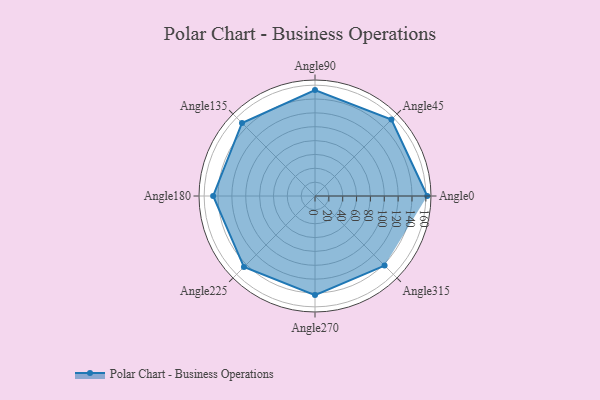
{"axis": {"x": "Angle", "y": "Radius"}, "legend": [""], "data": [{"x": "Angle0", "y": 162.0, "type": ""}, {"x": "Angle45", "y": 156.0, "type": ""}, {"x": "Angle90", "y": 153.0, "type": ""}, {"x": "Angle135", "y": 149.0, "type": ""}, {"x": "Angle180", "y": 147.0, "type": ""}, {"x": "Angle225", "y": 145.0, "type": ""}, {"x": "Angle270", "y": 143.0, "type": ""}, {"x": "Angle315", "y": 142.0, "type": ""}]}